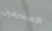
المشرفين